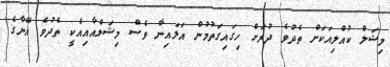
މިޝަލް ކުއްލިއަކަށް ތެދުވެ ދުރަށް ހިގައިގަތުމުން އަލައިނާ ވެސް މިޝަލްއާއިއެކީ ތެދުވެ އޭނާގެ